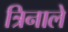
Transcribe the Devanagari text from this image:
त्रिनाले